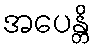
အပေန္တိ